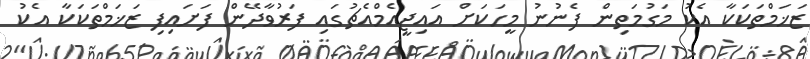
ޒަޚަމްތަކަކާ އެކު މަގުމަތިން ފެނުނު މީހަކަށް އައިޖީއެމްއެޗުގައި ފަރުވާދޭން ފަށައިފި ޒަޚަމްތަކަކާ އެކު